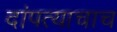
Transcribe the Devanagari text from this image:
दांपत्याचाच